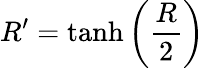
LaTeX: {R^{\prime}=\operatorname{tanh}\left(\frac{R}{2}\right)}